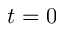
t = 0